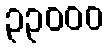
၃၃၀၀၀